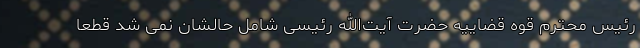
رئیس محترم قوه قضاییه حضرت آیت‌الله رئیسی شامل حالشان نمی ‌شد قطعاً